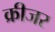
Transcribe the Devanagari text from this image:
क्रीजर